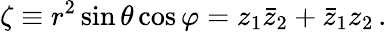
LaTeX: \zeta\equiv r^{2}\sin\theta\cos\varphi=z_{1}\bar{z}_{2}+\bar{z}_{1}z_{2}\, .